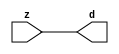

//------> /package/eda/mg/Catapult_10.3d/Mgc_home/pkgs/siflibs/mgc_in_wire_v2.v 
//------------------------------------------------------------------------------
// Catapult Synthesis - Sample I/O Port Library
//
// Copyright (c) 2003-2017 Mentor Graphics Corp.
//       All Rights Reserved
//
// This document may be used and distributed without restriction provided that
// this copyright statement is not removed from the file and that any derivative
// work contains this copyright notice.
//
// The design information contained in this file is intended to be an example
// of the functionality which the end user may study in preparation for creating
// their own custom interfaces. This design does not necessarily present a 
// complete implementation of the named protocol or standard.
//
//------------------------------------------------------------------------------


module mgc_in_wire_v2 (d, z);

  parameter integer rscid = 1;
  parameter integer width = 8;

  output [width-1:0] d;
  input  [width-1:0] z;

  wire   [width-1:0] d;

  assign d = z;

endmodule


//------> /package/eda/mg/Catapult_10.3d/Mgc_home/pkgs/siflibs/ccs_in_v1.v 
//------------------------------------------------------------------------------
// Catapult Synthesis - Sample I/O Port Library
//
// Copyright (c) 2003-2017 Mentor Graphics Corp.
//       All Rights Reserved
//
// This document may be used and distributed without restriction provided that
// this copyright statement is not removed from the file and that any derivative
// work contains this copyright notice.
//
// The design information contained in this file is intended to be an example
// of the functionality which the end user may study in preparation for creating
// their own custom interfaces. This design does not necessarily present a 
// complete implementation of the named protocol or standard.
//
//------------------------------------------------------------------------------


module ccs_in_v1 (idat, dat);

  parameter integer rscid = 1;
  parameter integer width = 8;

  output [width-1:0] idat;
  input  [width-1:0] dat;

  wire   [width-1:0] idat;

  assign idat = dat;

endmodule


//------> /package/eda/mg/Catapult_10.3d/Mgc_home/pkgs/siflibs/ccs_out_v1.v 
//------------------------------------------------------------------------------
// Catapult Synthesis - Sample I/O Port Library
//
// Copyright (c) 2003-2015 Mentor Graphics Corp.
//       All Rights Reserved
//
// This document may be used and distributed without restriction provided that
// this copyright statement is not removed from the file and that any derivative
// work contains this copyright notice.
//
// The design information contained in this file is intended to be an example
// of the functionality which the end user may study in preparation for creating
// their own custom interfaces. This design does not necessarily present a 
// complete implementation of the named protocol or standard.
//
//------------------------------------------------------------------------------

module ccs_out_v1 (dat, idat);

  parameter integer rscid = 1;
  parameter integer width = 8;

  output   [width-1:0] dat;
  input    [width-1:0] idat;

  wire     [width-1:0] dat;

  assign dat = idat;

endmodule




//------> /package/eda/mg/Catapult_10.3d/Mgc_home/pkgs/siflibs/mgc_io_sync_v2.v 
//------------------------------------------------------------------------------
// Catapult Synthesis - Sample I/O Port Library
//
// Copyright (c) 2003-2017 Mentor Graphics Corp.
//       All Rights Reserved
//
// This document may be used and distributed without restriction provided that
// this copyright statement is not removed from the file and that any derivative
// work contains this copyright notice.
//
// The design information contained in this file is intended to be an example
// of the functionality which the end user may study in preparation for creating
// their own custom interfaces. This design does not necessarily present a 
// complete implementation of the named protocol or standard.
//
//------------------------------------------------------------------------------


module mgc_io_sync_v2 (ld, lz);
    parameter valid = 0;

    input  ld;
    output lz;

    wire   lz;

    assign lz = ld;

endmodule


//------> ./rtl.v 
// ----------------------------------------------------------------------
//  HLS HDL:        Verilog Netlister
//  HLS Version:    10.3d/815731 Production Release
//  HLS Date:       Wed Apr 24 14:54:19 PDT 2019
// 
//  Generated by:   695r48@ecegrid-thin4.ecn.purdue.edu
//  Generated date: Wed Nov 10 16:35:38 2021
// ----------------------------------------------------------------------

// 
// ------------------------------------------------------------------
//  Design Unit:    fir_core_core_fsm
//  FSM Module
// ------------------------------------------------------------------


module fir_core_core_fsm (
  clk, rst, fsm_output
);
  input clk;
  input rst;
  output [6:0] fsm_output;
  reg [6:0] fsm_output;


  // FSM State Type Declaration for fir_core_core_fsm_1
  parameter
    main_C_0 = 3'd0,
    main_C_1 = 3'd1,
    main_C_2 = 3'd2,
    main_C_3 = 3'd3,
    main_C_4 = 3'd4,
    main_C_5 = 3'd5,
    main_C_6 = 3'd6;

  reg [2:0] state_var;
  reg [2:0] state_var_NS;


  // Interconnect Declarations for Component Instantiations 
  always @(*)
  begin : fir_core_core_fsm_1
    case (state_var)
      main_C_1 : begin
        fsm_output = 7'b0000010;
        state_var_NS = main_C_2;
      end
      main_C_2 : begin
        fsm_output = 7'b0000100;
        state_var_NS = main_C_3;
      end
      main_C_3 : begin
        fsm_output = 7'b0001000;
        state_var_NS = main_C_4;
      end
      main_C_4 : begin
        fsm_output = 7'b0010000;
        state_var_NS = main_C_5;
      end
      main_C_5 : begin
        fsm_output = 7'b0100000;
        state_var_NS = main_C_6;
      end
      main_C_6 : begin
        fsm_output = 7'b1000000;
        state_var_NS = main_C_0;
      end
      // main_C_0
      default : begin
        fsm_output = 7'b0000001;
        state_var_NS = main_C_1;
      end
    endcase
  end

  always @(posedge clk) begin
    if ( rst ) begin
      state_var <= main_C_0;
    end
    else begin
      state_var <= state_var_NS;
    end
  end

endmodule

// ------------------------------------------------------------------
//  Design Unit:    fir_core
// ------------------------------------------------------------------


module fir_core (
  clk, rst, coeffs_rsc_z, coeffs_rsc_triosy_lz, in1_rsc_dat, in1_rsc_triosy_lz, out1_rsc_dat,
      out1_rsc_triosy_lz
);
  input clk;
  input rst;
  input [511:0] coeffs_rsc_z;
  output coeffs_rsc_triosy_lz;
  input [15:0] in1_rsc_dat;
  output in1_rsc_triosy_lz;
  output [15:0] out1_rsc_dat;
  output out1_rsc_triosy_lz;


  // Interconnect Declarations
  wire [511:0] coeffs_rsci_d;
  wire [15:0] in1_rsci_idat;
  reg [15:0] out1_rsci_idat;
  reg out1_rsc_triosy_obj_ld;
  wire [6:0] fsm_output;
  reg [207:0] reg_MAC_io_read_coeffs_rsc_cse_255_0_ftd_48;
  reg reg_in1_rsc_triosy_obj_ld_cse;
  wire [29:0] z_out;
  wire [30:0] nl_z_out;
  wire [29:0] z_out_1;
  wire signed [32:0] nl_z_out_1;
  wire [29:0] z_out_2;
  wire signed [32:0] nl_z_out_2;
  wire [29:0] z_out_3;
  wire signed [32:0] nl_z_out_3;
  wire [29:0] z_out_5;
  wire signed [32:0] nl_z_out_5;
  wire [29:0] z_out_7;
  wire signed [32:0] nl_z_out_7;
  reg [15:0] regs_15_sva;
  reg [15:0] regs_16_sva;
  reg [15:0] regs_14_sva;
  reg [15:0] regs_17_sva;
  reg [15:0] regs_13_sva;
  reg [15:0] regs_18_sva;
  reg [15:0] regs_12_sva;
  reg [15:0] regs_19_sva;
  reg [15:0] regs_11_sva;
  reg [15:0] regs_20_sva;
  reg [15:0] regs_10_sva;
  reg [15:0] regs_21_sva;
  reg [15:0] regs_9_sva;
  reg [15:0] regs_22_sva;
  reg [15:0] regs_8_sva;
  reg [15:0] regs_23_sva;
  reg [15:0] regs_7_sva;
  reg [15:0] regs_24_sva;
  reg [15:0] regs_6_sva;
  reg [15:0] regs_25_sva;
  reg [15:0] regs_5_sva;
  reg [15:0] regs_26_sva;
  reg [15:0] regs_4_sva;
  reg [15:0] regs_27_sva;
  reg [15:0] regs_3_sva;
  reg [15:0] regs_28_sva;
  reg [15:0] regs_2_sva;
  reg [15:0] regs_29_sva;
  reg [15:0] regs_1_sva;
  reg [15:0] regs_30_sva;
  reg [15:0] regs_0_sva;
  reg [16:0] MAC_1_acc_3_itm;
  wire [17:0] nl_MAC_1_acc_3_itm;
  reg [29:0] MAC_1_mul_itm;
  reg [16:0] MAC_2_acc_3_itm;
  wire [17:0] nl_MAC_2_acc_3_itm;
  reg [16:0] MAC_3_acc_3_itm;
  wire [17:0] nl_MAC_3_acc_3_itm;
  reg [16:0] MAC_4_acc_3_itm;
  wire [17:0] nl_MAC_4_acc_3_itm;
  reg [29:0] MAC_acc_15_itm;
  reg [16:0] MAC_5_acc_3_itm;
  wire [17:0] nl_MAC_5_acc_3_itm;
  reg [16:0] MAC_6_acc_3_itm;
  wire [17:0] nl_MAC_6_acc_3_itm;
  reg [29:0] MAC_acc_9_itm;
  wire [30:0] nl_MAC_acc_9_itm;
  reg [16:0] MAC_7_acc_3_itm;
  wire [17:0] nl_MAC_7_acc_3_itm;
  reg [16:0] MAC_8_acc_3_itm;
  wire [17:0] nl_MAC_8_acc_3_itm;
  reg [16:0] MAC_9_acc_3_itm;
  wire [17:0] nl_MAC_9_acc_3_itm;
  reg [16:0] MAC_10_acc_3_itm;
  reg [29:0] MAC_acc_7_itm;
  wire [30:0] nl_MAC_acc_7_itm;
  reg [16:0] MAC_11_acc_3_itm;
  wire [17:0] nl_MAC_11_acc_3_itm;
  reg [16:0] MAC_12_acc_3_itm;
  wire [17:0] nl_MAC_12_acc_3_itm;
  reg [29:0] MAC_12_mul_itm;
  reg [16:0] MAC_13_acc_3_itm;
  wire [17:0] nl_MAC_13_acc_3_itm;
  reg [29:0] MAC_16_mul_itm;
  reg [29:0] MAC_acc_16_itm;
  wire MAC_or_2_cse;

  wire[29:0] MAC_16_acc_2_nl;
  wire[30:0] nl_MAC_16_acc_2_nl;
  wire[29:0] MAC_acc_nl;
  wire[30:0] nl_MAC_acc_nl;
  wire[16:0] MAC_10_acc_3_nl;
  wire[17:0] nl_MAC_10_acc_3_nl;
  wire[29:0] MAC_16_mul_nl;
  wire signed [32:0] nl_MAC_16_mul_nl;
  wire[16:0] MAC_16_acc_3_nl;
  wire[17:0] nl_MAC_16_acc_3_nl;
  wire[29:0] MAC_acc_10_nl;
  wire[30:0] nl_MAC_acc_10_nl;
  wire[29:0] MAC_acc_8_nl;
  wire[30:0] nl_MAC_acc_8_nl;
  wire[29:0] mul_3_nl;
  wire signed [32:0] nl_mul_3_nl;
  wire[15:0] MAC_mux_34_nl;
  wire[16:0] MAC_mux_35_nl;
  wire[16:0] MAC_14_acc_4_nl;
  wire[17:0] nl_MAC_14_acc_4_nl;
  wire[29:0] MAC_acc_6_nl;
  wire[30:0] nl_MAC_acc_6_nl;
  wire[29:0] mul_5_nl;
  wire signed [32:0] nl_mul_5_nl;
  wire[15:0] MAC_mux_38_nl;
  wire[16:0] MAC_mux_39_nl;
  wire[16:0] MAC_15_acc_4_nl;
  wire[17:0] nl_MAC_15_acc_4_nl;
  wire[29:0] MAC_acc_11_nl;
  wire[30:0] nl_MAC_acc_11_nl;
  wire[29:0] MAC_acc_17_nl;
  wire[30:0] nl_MAC_acc_17_nl;
  wire[0:0] MAC_or_7_nl;
  wire[29:0] MAC_acc_5_nl;
  wire[30:0] nl_MAC_acc_5_nl;
  wire[29:0] MAC_10_mul_nl;
  wire signed [32:0] nl_MAC_10_mul_nl;
  wire[29:0] MAC_mux1h_5_nl;
  wire[29:0] MAC_mux_27_nl;
  wire[0:0] MAC_or_8_nl;
  wire[15:0] MAC_mux_28_nl;
  wire[16:0] MAC_mux_29_nl;
  wire[15:0] MAC_mux_30_nl;
  wire[16:0] MAC_mux_31_nl;
  wire[15:0] MAC_mux_32_nl;
  wire[16:0] MAC_mux_33_nl;
  wire[15:0] MAC_mux_36_nl;
  wire[16:0] MAC_mux_37_nl;
  wire[15:0] MAC_mux_40_nl;
  wire[16:0] MAC_mux_41_nl;

  // Interconnect Declarations for Component Instantiations 
  mgc_in_wire_v2 #(.rscid(32'sd1),
  .width(32'sd512)) coeffs_rsci (
      .d(coeffs_rsci_d),
      .z(coeffs_rsc_z)
    );
  ccs_in_v1 #(.rscid(32'sd2),
  .width(32'sd16)) in1_rsci (
      .dat(in1_rsc_dat),
      .idat(in1_rsci_idat)
    );
  ccs_out_v1 #(.rscid(32'sd3),
  .width(32'sd16)) out1_rsci (
      .idat(out1_rsci_idat),
      .dat(out1_rsc_dat)
    );
  mgc_io_sync_v2 #(.valid(32'sd0)) coeffs_rsc_triosy_obj (
      .ld(reg_in1_rsc_triosy_obj_ld_cse),
      .lz(coeffs_rsc_triosy_lz)
    );
  mgc_io_sync_v2 #(.valid(32'sd0)) in1_rsc_triosy_obj (
      .ld(reg_in1_rsc_triosy_obj_ld_cse),
      .lz(in1_rsc_triosy_lz)
    );
  mgc_io_sync_v2 #(.valid(32'sd0)) out1_rsc_triosy_obj (
      .ld(out1_rsc_triosy_obj_ld),
      .lz(out1_rsc_triosy_lz)
    );
  fir_core_core_fsm fir_core_core_fsm_inst (
      .clk(clk),
      .rst(rst),
      .fsm_output(fsm_output)
    );
  assign MAC_or_2_cse = (fsm_output[3]) | (fsm_output[1]);
  always @(posedge clk) begin
    if ( rst ) begin
      out1_rsci_idat <= 16'b0000000000000000;
    end
    else if ( fsm_output[6] ) begin
      out1_rsci_idat <= readslicef_30_16_14((MAC_16_acc_2_nl));
    end
  end
  always @(posedge clk) begin
    if ( rst ) begin
      MAC_11_acc_3_itm <= 17'b00000000000000000;
    end
    else if ( fsm_output[0] ) begin
      MAC_11_acc_3_itm <= nl_MAC_11_acc_3_itm[16:0];
    end
  end
  always @(posedge clk) begin
    if ( rst ) begin
      MAC_9_acc_3_itm <= 17'b00000000000000000;
    end
    else if ( fsm_output[0] ) begin
      MAC_9_acc_3_itm <= nl_MAC_9_acc_3_itm[16:0];
    end
  end
  always @(posedge clk) begin
    if ( rst ) begin
      MAC_10_acc_3_itm <= 17'b00000000000000000;
    end
    else if ( (fsm_output[6]) | (fsm_output[0]) ) begin
      MAC_10_acc_3_itm <= MUX_v_17_2_2((MAC_10_acc_3_nl), ({1'b0 , regs_30_sva}),
          fsm_output[6]);
    end
  end
  always @(posedge clk) begin
    if ( rst ) begin
      MAC_8_acc_3_itm <= 17'b00000000000000000;
    end
    else if ( fsm_output[0] ) begin
      MAC_8_acc_3_itm <= nl_MAC_8_acc_3_itm[16:0];
    end
  end
  always @(posedge clk) begin
    if ( rst ) begin
      MAC_7_acc_3_itm <= 17'b00000000000000000;
    end
    else if ( fsm_output[0] ) begin
      MAC_7_acc_3_itm <= nl_MAC_7_acc_3_itm[16:0];
    end
  end
  always @(posedge clk) begin
    if ( rst ) begin
      MAC_5_acc_3_itm <= 17'b00000000000000000;
    end
    else if ( fsm_output[0] ) begin
      MAC_5_acc_3_itm <= nl_MAC_5_acc_3_itm[16:0];
    end
  end
  always @(posedge clk) begin
    if ( rst ) begin
      MAC_6_acc_3_itm <= 17'b00000000000000000;
    end
    else if ( fsm_output[0] ) begin
      MAC_6_acc_3_itm <= nl_MAC_6_acc_3_itm[16:0];
    end
  end
  always @(posedge clk) begin
    if ( rst ) begin
      MAC_3_acc_3_itm <= 17'b00000000000000000;
    end
    else if ( fsm_output[0] ) begin
      MAC_3_acc_3_itm <= nl_MAC_3_acc_3_itm[16:0];
    end
  end
  always @(posedge clk) begin
    if ( rst ) begin
      MAC_4_acc_3_itm <= 17'b00000000000000000;
    end
    else if ( fsm_output[0] ) begin
      MAC_4_acc_3_itm <= nl_MAC_4_acc_3_itm[16:0];
    end
  end
  always @(posedge clk) begin
    if ( rst ) begin
      MAC_2_acc_3_itm <= 17'b00000000000000000;
    end
    else if ( fsm_output[0] ) begin
      MAC_2_acc_3_itm <= nl_MAC_2_acc_3_itm[16:0];
    end
  end
  always @(posedge clk) begin
    if ( rst ) begin
      MAC_16_mul_itm <= 30'b000000000000000000000000000000;
      MAC_13_acc_3_itm <= 17'b00000000000000000;
      MAC_12_acc_3_itm <= 17'b00000000000000000;
      MAC_1_acc_3_itm <= 17'b00000000000000000;
      out1_rsc_triosy_obj_ld <= 1'b0;
      reg_in1_rsc_triosy_obj_ld_cse <= 1'b0;
      MAC_1_mul_itm <= 30'b000000000000000000000000000000;
    end
    else begin
      MAC_16_mul_itm <= MUX1HOT_v_30_4_2((MAC_16_mul_nl), z_out, (MAC_acc_10_nl),
          (MAC_acc_8_nl), {(fsm_output[0]) , (fsm_output[1]) , (fsm_output[2]) ,
          (fsm_output[4])});
      MAC_13_acc_3_itm <= nl_MAC_13_acc_3_itm[16:0];
      MAC_12_acc_3_itm <= nl_MAC_12_acc_3_itm[16:0];
      MAC_1_acc_3_itm <= nl_MAC_1_acc_3_itm[16:0];
      out1_rsc_triosy_obj_ld <= fsm_output[6];
      reg_in1_rsc_triosy_obj_ld_cse <= fsm_output[0];
      MAC_1_mul_itm <= MUX1HOT_v_30_4_2((mul_5_nl), z_out_5, (MAC_acc_11_nl), (MAC_acc_17_nl),
          {(MAC_or_7_nl) , (fsm_output[1]) , (fsm_output[2]) , (fsm_output[5])});
    end
  end
  always @(posedge clk) begin
    if ( rst ) begin
      regs_1_sva <= 16'b0000000000000000;
    end
    else if ( fsm_output[0] ) begin
      regs_1_sva <= regs_0_sva;
    end
  end
  always @(posedge clk) begin
    if ( rst ) begin
      regs_0_sva <= 16'b0000000000000000;
    end
    else if ( fsm_output[0] ) begin
      regs_0_sva <= in1_rsci_idat;
    end
  end
  always @(posedge clk) begin
    if ( rst ) begin
      regs_15_sva <= 16'b0000000000000000;
    end
    else if ( fsm_output[6] ) begin
      regs_15_sva <= regs_14_sva;
    end
  end
  always @(posedge clk) begin
    if ( rst ) begin
      regs_14_sva <= 16'b0000000000000000;
    end
    else if ( fsm_output[6] ) begin
      regs_14_sva <= regs_13_sva;
    end
  end
  always @(posedge clk) begin
    if ( rst ) begin
      regs_16_sva <= 16'b0000000000000000;
    end
    else if ( fsm_output[6] ) begin
      regs_16_sva <= regs_15_sva;
    end
  end
  always @(posedge clk) begin
    if ( rst ) begin
      regs_13_sva <= 16'b0000000000000000;
    end
    else if ( fsm_output[6] ) begin
      regs_13_sva <= regs_12_sva;
    end
  end
  always @(posedge clk) begin
    if ( rst ) begin
      regs_17_sva <= 16'b0000000000000000;
    end
    else if ( fsm_output[6] ) begin
      regs_17_sva <= regs_16_sva;
    end
  end
  always @(posedge clk) begin
    if ( rst ) begin
      regs_12_sva <= 16'b0000000000000000;
    end
    else if ( fsm_output[6] ) begin
      regs_12_sva <= regs_11_sva;
    end
  end
  always @(posedge clk) begin
    if ( rst ) begin
      regs_18_sva <= 16'b0000000000000000;
    end
    else if ( fsm_output[6] ) begin
      regs_18_sva <= regs_17_sva;
    end
  end
  always @(posedge clk) begin
    if ( rst ) begin
      regs_11_sva <= 16'b0000000000000000;
    end
    else if ( fsm_output[6] ) begin
      regs_11_sva <= regs_10_sva;
    end
  end
  always @(posedge clk) begin
    if ( rst ) begin
      regs_19_sva <= 16'b0000000000000000;
    end
    else if ( fsm_output[6] ) begin
      regs_19_sva <= regs_18_sva;
    end
  end
  always @(posedge clk) begin
    if ( rst ) begin
      regs_10_sva <= 16'b0000000000000000;
    end
    else if ( fsm_output[6] ) begin
      regs_10_sva <= regs_9_sva;
    end
  end
  always @(posedge clk) begin
    if ( rst ) begin
      regs_20_sva <= 16'b0000000000000000;
    end
    else if ( fsm_output[6] ) begin
      regs_20_sva <= regs_19_sva;
    end
  end
  always @(posedge clk) begin
    if ( rst ) begin
      regs_9_sva <= 16'b0000000000000000;
    end
    else if ( fsm_output[6] ) begin
      regs_9_sva <= regs_8_sva;
    end
  end
  always @(posedge clk) begin
    if ( rst ) begin
      regs_21_sva <= 16'b0000000000000000;
    end
    else if ( fsm_output[6] ) begin
      regs_21_sva <= regs_20_sva;
    end
  end
  always @(posedge clk) begin
    if ( rst ) begin
      regs_8_sva <= 16'b0000000000000000;
    end
    else if ( fsm_output[6] ) begin
      regs_8_sva <= regs_7_sva;
    end
  end
  always @(posedge clk) begin
    if ( rst ) begin
      regs_22_sva <= 16'b0000000000000000;
    end
    else if ( fsm_output[6] ) begin
      regs_22_sva <= regs_21_sva;
    end
  end
  always @(posedge clk) begin
    if ( rst ) begin
      regs_7_sva <= 16'b0000000000000000;
    end
    else if ( fsm_output[6] ) begin
      regs_7_sva <= regs_6_sva;
    end
  end
  always @(posedge clk) begin
    if ( rst ) begin
      regs_23_sva <= 16'b0000000000000000;
    end
    else if ( fsm_output[6] ) begin
      regs_23_sva <= regs_22_sva;
    end
  end
  always @(posedge clk) begin
    if ( rst ) begin
      regs_6_sva <= 16'b0000000000000000;
    end
    else if ( fsm_output[6] ) begin
      regs_6_sva <= regs_5_sva;
    end
  end
  always @(posedge clk) begin
    if ( rst ) begin
      regs_24_sva <= 16'b0000000000000000;
    end
    else if ( fsm_output[6] ) begin
      regs_24_sva <= regs_23_sva;
    end
  end
  always @(posedge clk) begin
    if ( rst ) begin
      regs_5_sva <= 16'b0000000000000000;
    end
    else if ( fsm_output[6] ) begin
      regs_5_sva <= regs_4_sva;
    end
  end
  always @(posedge clk) begin
    if ( rst ) begin
      regs_25_sva <= 16'b0000000000000000;
    end
    else if ( fsm_output[6] ) begin
      regs_25_sva <= regs_24_sva;
    end
  end
  always @(posedge clk) begin
    if ( rst ) begin
      regs_4_sva <= 16'b0000000000000000;
    end
    else if ( fsm_output[6] ) begin
      regs_4_sva <= regs_3_sva;
    end
  end
  always @(posedge clk) begin
    if ( rst ) begin
      regs_26_sva <= 16'b0000000000000000;
    end
    else if ( fsm_output[6] ) begin
      regs_26_sva <= regs_25_sva;
    end
  end
  always @(posedge clk) begin
    if ( rst ) begin
      regs_3_sva <= 16'b0000000000000000;
    end
    else if ( fsm_output[6] ) begin
      regs_3_sva <= regs_2_sva;
    end
  end
  always @(posedge clk) begin
    if ( rst ) begin
      regs_27_sva <= 16'b0000000000000000;
    end
    else if ( fsm_output[6] ) begin
      regs_27_sva <= regs_26_sva;
    end
  end
  always @(posedge clk) begin
    if ( rst ) begin
      regs_2_sva <= 16'b0000000000000000;
    end
    else if ( fsm_output[6] ) begin
      regs_2_sva <= regs_1_sva;
    end
  end
  always @(posedge clk) begin
    if ( rst ) begin
      regs_28_sva <= 16'b0000000000000000;
    end
    else if ( fsm_output[6] ) begin
      regs_28_sva <= regs_27_sva;
    end
  end
  always @(posedge clk) begin
    if ( rst ) begin
      regs_29_sva <= 16'b0000000000000000;
    end
    else if ( fsm_output[6] ) begin
      regs_29_sva <= regs_28_sva;
    end
  end
  always @(posedge clk) begin
    if ( rst ) begin
      regs_30_sva <= 16'b0000000000000000;
    end
    else if ( fsm_output[6] ) begin
      regs_30_sva <= regs_29_sva;
    end
  end
  always @(posedge clk) begin
    if ( rst ) begin
      MAC_12_mul_itm <= 30'b000000000000000000000000000000;
    end
    else if ( (fsm_output[5]) | (fsm_output[1]) | (fsm_output[0]) ) begin
      MAC_12_mul_itm <= MUX_v_30_2_2((mul_3_nl), (MAC_acc_6_nl), fsm_output[5]);
    end
  end
  always @(posedge clk) begin
    if ( rst ) begin
      MAC_acc_15_itm <= 30'b000000000000000000000000000000;
    end
    else if ( MAC_or_2_cse ) begin
      MAC_acc_15_itm <= MUX_v_30_2_2((MAC_acc_5_nl), z_out, fsm_output[3]);
    end
  end
  always @(posedge clk) begin
    if ( rst ) begin
      MAC_acc_16_itm <= 30'b000000000000000000000000000000;
    end
    else if ( fsm_output[2] ) begin
      MAC_acc_16_itm <= z_out;
    end
  end
  always @(posedge clk) begin
    if ( rst ) begin
      MAC_acc_9_itm <= 30'b000000000000000000000000000000;
    end
    else if ( fsm_output[3] ) begin
      MAC_acc_9_itm <= nl_MAC_acc_9_itm[29:0];
    end
  end
  always @(posedge clk) begin
    if ( rst ) begin
      MAC_acc_7_itm <= 30'b000000000000000000000000000000;
    end
    else if ( fsm_output[4] ) begin
      MAC_acc_7_itm <= nl_MAC_acc_7_itm[29:0];
    end
  end
  always @(posedge clk) begin
    if ( rst ) begin
      reg_MAC_io_read_coeffs_rsc_cse_255_0_ftd_48 <= 208'b0000000000000000000000000000000000000000000000000000000000000000000000000000000000000000000000000000000000000000000000000000000000000000000000000000000000000000000000000000000000000000000000000000000000000000;
    end
    else if ( fsm_output[0] ) begin
      reg_MAC_io_read_coeffs_rsc_cse_255_0_ftd_48 <= coeffs_rsci_d[207:0];
    end
  end
  assign nl_MAC_acc_nl = z_out + MAC_acc_16_itm;
  assign MAC_acc_nl = nl_MAC_acc_nl[29:0];
  assign nl_MAC_16_acc_2_nl = MAC_1_mul_itm + (MAC_acc_nl);
  assign MAC_16_acc_2_nl = nl_MAC_16_acc_2_nl[29:0];
  assign nl_MAC_11_acc_3_itm  = conv_s2s_16_17(regs_10_sva) + conv_s2s_16_17(regs_21_sva);
  assign nl_MAC_9_acc_3_itm  = conv_s2s_16_17(regs_8_sva) + conv_s2s_16_17(regs_23_sva);
  assign nl_MAC_10_acc_3_nl = conv_s2s_16_17(regs_9_sva) + conv_s2s_16_17(regs_22_sva);
  assign MAC_10_acc_3_nl = nl_MAC_10_acc_3_nl[16:0];
  assign nl_MAC_8_acc_3_itm  = conv_s2s_16_17(regs_7_sva) + conv_s2s_16_17(regs_24_sva);
  assign nl_MAC_7_acc_3_itm  = conv_s2s_16_17(regs_6_sva) + conv_s2s_16_17(regs_25_sva);
  assign nl_MAC_5_acc_3_itm  = conv_s2s_16_17(regs_4_sva) + conv_s2s_16_17(regs_27_sva);
  assign nl_MAC_6_acc_3_itm  = conv_s2s_16_17(regs_5_sva) + conv_s2s_16_17(regs_26_sva);
  assign nl_MAC_3_acc_3_itm  = conv_s2s_16_17(regs_1_sva) + conv_s2s_16_17(regs_29_sva);
  assign nl_MAC_4_acc_3_itm  = conv_s2s_16_17(regs_3_sva) + conv_s2s_16_17(regs_28_sva);
  assign nl_MAC_2_acc_3_itm  = conv_s2s_16_17(regs_0_sva) + conv_s2s_16_17(regs_30_sva);
  assign nl_MAC_16_acc_3_nl = conv_s2s_16_17(regs_15_sva) + conv_s2s_16_17(regs_16_sva);
  assign MAC_16_acc_3_nl = nl_MAC_16_acc_3_nl[16:0];
  assign nl_MAC_16_mul_nl = $signed((MAC_16_acc_3_nl)) * $signed((coeffs_rsci_d[255:240]));
  assign MAC_16_mul_nl = nl_MAC_16_mul_nl[29:0];
  assign nl_MAC_acc_10_nl = z_out_1 + z_out_2;
  assign MAC_acc_10_nl = nl_MAC_acc_10_nl[29:0];
  assign nl_MAC_acc_8_nl = MAC_1_mul_itm + z_out_3;
  assign MAC_acc_8_nl = nl_MAC_acc_8_nl[29:0];
  assign nl_MAC_13_acc_3_itm  = conv_s2s_16_17(regs_12_sva) + conv_s2s_16_17(regs_19_sva);
  assign nl_MAC_12_acc_3_itm  = conv_s2s_16_17(regs_11_sva) + conv_s2s_16_17(regs_20_sva);
  assign nl_MAC_1_acc_3_itm  = conv_s2s_16_17(in1_rsci_idat) + conv_s2s_16_17(MAC_10_acc_3_itm[15:0]);
  assign MAC_mux_38_nl = MUX_v_16_2_2((coeffs_rsci_d[239:224]), (reg_MAC_io_read_coeffs_rsc_cse_255_0_ftd_48[111:96]),
      fsm_output[3]);
  assign nl_MAC_15_acc_4_nl = conv_s2s_16_17(regs_14_sva) + conv_s2s_16_17(regs_17_sva);
  assign MAC_15_acc_4_nl = nl_MAC_15_acc_4_nl[16:0];
  assign MAC_mux_39_nl = MUX_v_17_2_2((MAC_15_acc_4_nl), MAC_7_acc_3_itm, fsm_output[3]);
  assign nl_mul_5_nl = $signed((MAC_mux_38_nl)) * $signed((MAC_mux_39_nl));
  assign mul_5_nl = nl_mul_5_nl[29:0];
  assign nl_MAC_acc_11_nl = MAC_1_mul_itm + z_out_7;
  assign MAC_acc_11_nl = nl_MAC_acc_11_nl[29:0];
  assign nl_MAC_acc_17_nl = MAC_acc_15_itm + z_out;
  assign MAC_acc_17_nl = nl_MAC_acc_17_nl[29:0];
  assign MAC_or_7_nl = (fsm_output[0]) | (fsm_output[3]);
  assign MAC_mux_34_nl = MUX_v_16_2_2((coeffs_rsci_d[223:208]), (reg_MAC_io_read_coeffs_rsc_cse_255_0_ftd_48[191:176]),
      fsm_output[1]);
  assign nl_MAC_14_acc_4_nl = conv_s2s_16_17(regs_13_sva) + conv_s2s_16_17(regs_18_sva);
  assign MAC_14_acc_4_nl = nl_MAC_14_acc_4_nl[16:0];
  assign MAC_mux_35_nl = MUX_v_17_2_2((MAC_14_acc_4_nl), MAC_12_acc_3_itm, fsm_output[1]);
  assign nl_mul_3_nl = $signed((MAC_mux_34_nl)) * $signed((MAC_mux_35_nl));
  assign mul_3_nl = nl_mul_3_nl[29:0];
  assign nl_MAC_acc_6_nl = z_out_1 + MAC_12_mul_itm;
  assign MAC_acc_6_nl = nl_MAC_acc_6_nl[29:0];
  assign nl_MAC_acc_5_nl = z_out_3 + MAC_12_mul_itm;
  assign MAC_acc_5_nl = nl_MAC_acc_5_nl[29:0];
  assign nl_MAC_acc_9_itm  = z_out_2 + z_out_7;
  assign nl_MAC_10_mul_nl = $signed(MAC_10_acc_3_itm) * $signed((reg_MAC_io_read_coeffs_rsc_cse_255_0_ftd_48[159:144]));
  assign MAC_10_mul_nl = nl_MAC_10_mul_nl[29:0];
  assign nl_MAC_acc_7_itm  = z_out_5 + (MAC_10_mul_nl);
  assign MAC_mux1h_5_nl = MUX1HOT_v_30_4_2(MAC_acc_7_itm, MAC_acc_9_itm, MAC_acc_15_itm,
      MAC_1_mul_itm, {(fsm_output[6]) , (fsm_output[5]) , (fsm_output[2]) , MAC_or_2_cse});
  assign MAC_or_8_nl = (fsm_output[5]) | (fsm_output[2]) | MAC_or_2_cse;
  assign MAC_mux_27_nl = MUX_v_30_2_2(MAC_12_mul_itm, MAC_16_mul_itm, MAC_or_8_nl);
  assign nl_z_out = (MAC_mux1h_5_nl) + (MAC_mux_27_nl);
  assign z_out = nl_z_out[29:0];
  assign MAC_mux_28_nl = MUX_v_16_2_2((reg_MAC_io_read_coeffs_rsc_cse_255_0_ftd_48[47:32]),
      (reg_MAC_io_read_coeffs_rsc_cse_255_0_ftd_48[175:160]), fsm_output[5]);
  assign MAC_mux_29_nl = MUX_v_17_2_2(MAC_3_acc_3_itm, MAC_11_acc_3_itm, fsm_output[5]);
  assign nl_z_out_1 = $signed((MAC_mux_28_nl)) * $signed((MAC_mux_29_nl));
  assign z_out_1 = nl_z_out_1[29:0];
  assign MAC_mux_30_nl = MUX_v_16_2_2((reg_MAC_io_read_coeffs_rsc_cse_255_0_ftd_48[63:48]),
      (reg_MAC_io_read_coeffs_rsc_cse_255_0_ftd_48[79:64]), fsm_output[3]);
  assign MAC_mux_31_nl = MUX_v_17_2_2(MAC_4_acc_3_itm, MAC_5_acc_3_itm, fsm_output[3]);
  assign nl_z_out_2 = $signed((MAC_mux_30_nl)) * $signed((MAC_mux_31_nl));
  assign z_out_2 = nl_z_out_2[29:0];
  assign MAC_mux_32_nl = MUX_v_16_2_2((reg_MAC_io_read_coeffs_rsc_cse_255_0_ftd_48[127:112]),
      (reg_MAC_io_read_coeffs_rsc_cse_255_0_ftd_48[207:192]), fsm_output[1]);
  assign MAC_mux_33_nl = MUX_v_17_2_2(MAC_8_acc_3_itm, MAC_13_acc_3_itm, fsm_output[1]);
  assign nl_z_out_3 = $signed((MAC_mux_32_nl)) * $signed((MAC_mux_33_nl));
  assign z_out_3 = nl_z_out_3[29:0];
  assign MAC_mux_36_nl = MUX_v_16_2_2((reg_MAC_io_read_coeffs_rsc_cse_255_0_ftd_48[15:0]),
      (reg_MAC_io_read_coeffs_rsc_cse_255_0_ftd_48[143:128]), fsm_output[4]);
  assign MAC_mux_37_nl = MUX_v_17_2_2(MAC_1_acc_3_itm, MAC_9_acc_3_itm, fsm_output[4]);
  assign nl_z_out_5 = $signed((MAC_mux_36_nl)) * $signed((MAC_mux_37_nl));
  assign z_out_5 = nl_z_out_5[29:0];
  assign MAC_mux_40_nl = MUX_v_16_2_2((reg_MAC_io_read_coeffs_rsc_cse_255_0_ftd_48[31:16]),
      (reg_MAC_io_read_coeffs_rsc_cse_255_0_ftd_48[95:80]), fsm_output[3]);
  assign MAC_mux_41_nl = MUX_v_17_2_2(MAC_2_acc_3_itm, MAC_6_acc_3_itm, fsm_output[3]);
  assign nl_z_out_7 = $signed((MAC_mux_40_nl)) * $signed((MAC_mux_41_nl));
  assign z_out_7 = nl_z_out_7[29:0];

  function automatic [29:0] MUX1HOT_v_30_4_2;
    input [29:0] input_3;
    input [29:0] input_2;
    input [29:0] input_1;
    input [29:0] input_0;
    input [3:0] sel;
    reg [29:0] result;
  begin
    result = input_0 & {30{sel[0]}};
    result = result | ( input_1 & {30{sel[1]}});
    result = result | ( input_2 & {30{sel[2]}});
    result = result | ( input_3 & {30{sel[3]}});
    MUX1HOT_v_30_4_2 = result;
  end
  endfunction


  function automatic [15:0] MUX_v_16_2_2;
    input [15:0] input_0;
    input [15:0] input_1;
    input [0:0] sel;
    reg [15:0] result;
  begin
    case (sel)
      1'b0 : begin
        result = input_0;
      end
      default : begin
        result = input_1;
      end
    endcase
    MUX_v_16_2_2 = result;
  end
  endfunction


  function automatic [16:0] MUX_v_17_2_2;
    input [16:0] input_0;
    input [16:0] input_1;
    input [0:0] sel;
    reg [16:0] result;
  begin
    case (sel)
      1'b0 : begin
        result = input_0;
      end
      default : begin
        result = input_1;
      end
    endcase
    MUX_v_17_2_2 = result;
  end
  endfunction


  function automatic [29:0] MUX_v_30_2_2;
    input [29:0] input_0;
    input [29:0] input_1;
    input [0:0] sel;
    reg [29:0] result;
  begin
    case (sel)
      1'b0 : begin
        result = input_0;
      end
      default : begin
        result = input_1;
      end
    endcase
    MUX_v_30_2_2 = result;
  end
  endfunction


  function automatic [15:0] readslicef_30_16_14;
    input [29:0] vector;
    reg [29:0] tmp;
  begin
    tmp = vector >> 14;
    readslicef_30_16_14 = tmp[15:0];
  end
  endfunction


  function automatic [16:0] conv_s2s_16_17 ;
    input [15:0]  vector ;
  begin
    conv_s2s_16_17 = {vector[15], vector};
  end
  endfunction

endmodule

// ------------------------------------------------------------------
//  Design Unit:    fir
// ------------------------------------------------------------------


module fir (
  clk, rst, coeffs_rsc_z, coeffs_rsc_triosy_lz, in1_rsc_dat, in1_rsc_triosy_lz, out1_rsc_dat,
      out1_rsc_triosy_lz
);
  input clk;
  input rst;
  input [511:0] coeffs_rsc_z;
  output coeffs_rsc_triosy_lz;
  input [15:0] in1_rsc_dat;
  output in1_rsc_triosy_lz;
  output [15:0] out1_rsc_dat;
  output out1_rsc_triosy_lz;



  // Interconnect Declarations for Component Instantiations 
  fir_core fir_core_inst (
      .clk(clk),
      .rst(rst),
      .coeffs_rsc_z(coeffs_rsc_z),
      .coeffs_rsc_triosy_lz(coeffs_rsc_triosy_lz),
      .in1_rsc_dat(in1_rsc_dat),
      .in1_rsc_triosy_lz(in1_rsc_triosy_lz),
      .out1_rsc_dat(out1_rsc_dat),
      .out1_rsc_triosy_lz(out1_rsc_triosy_lz)
    );
endmodule